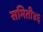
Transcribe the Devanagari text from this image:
समिती४६